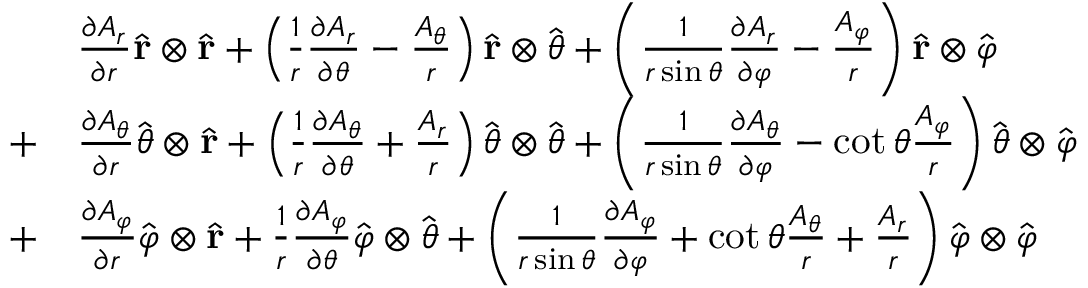
{ \begin{array} { r l } { } & { { \frac { \partial A _ { r } } { \partial r } } { \hat { \mathbf { r } } } \otimes { \hat { \mathbf { r } } } + \left( { \frac { 1 } { r } } { \frac { \partial A _ { r } } { \partial \theta } } - { \frac { A _ { \theta } } { r } } \right) { \hat { \mathbf { r } } } \otimes { \hat { \boldsymbol { \theta } } } + \left( { \frac { 1 } { r \sin \theta } } { \frac { \partial A _ { r } } { \partial \varphi } } - { \frac { A _ { \varphi } } { r } } \right) { \hat { \mathbf { r } } } \otimes { \hat { \boldsymbol { \varphi } } } } \\ { + } & { { \frac { \partial A _ { \theta } } { \partial r } } { \hat { \boldsymbol { \theta } } } \otimes { \hat { \mathbf { r } } } + \left( { \frac { 1 } { r } } { \frac { \partial A _ { \theta } } { \partial \theta } } + { \frac { A _ { r } } { r } } \right) { \hat { \boldsymbol { \theta } } } \otimes { \hat { \boldsymbol { \theta } } } + \left( { \frac { 1 } { r \sin \theta } } { \frac { \partial A _ { \theta } } { \partial \varphi } } - \cot \theta { \frac { A _ { \varphi } } { r } } \right) { \hat { \boldsymbol { \theta } } } \otimes { \hat { \boldsymbol { \varphi } } } } \\ { + } & { { \frac { \partial A _ { \varphi } } { \partial r } } { \hat { \boldsymbol { \varphi } } } \otimes { \hat { \mathbf { r } } } + { \frac { 1 } { r } } { \frac { \partial A _ { \varphi } } { \partial \theta } } { \hat { \boldsymbol { \varphi } } } \otimes { \hat { \boldsymbol { \theta } } } + \left( { \frac { 1 } { r \sin \theta } } { \frac { \partial A _ { \varphi } } { \partial \varphi } } + \cot \theta { \frac { A _ { \theta } } { r } } + { \frac { A _ { r } } { r } } \right) { \hat { \boldsymbol { \varphi } } } \otimes { \hat { \boldsymbol { \varphi } } } } \end{array} }